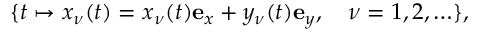
\{ t \mapsto \boldsymbol { x } _ { \nu } ( t ) = x _ { \nu } ( t ) \mathbf { e } _ { x } + y _ { \nu } ( t ) \mathbf { e } _ { y } , \quad \nu = 1 , 2 , \ldots \} ,